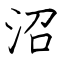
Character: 沼